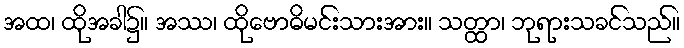
အထ၊ ထိုအခါ၌။ အဿ၊ ထိုဗောဓိမင်းသားအား။ သတ္ထာ၊ ဘုရားသခင်သည်။